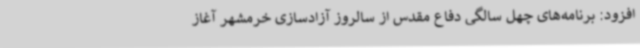
افزود: برنامه‌های چهل سالگی دفاع مقدس از سالروز آزادسازی خرمشهر آغاز